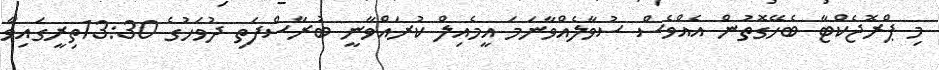
މި ޕްރޮޖެކްޓާ ބެހޭގޮތުން އެއްވެސް ސުވާލެއްވާނަމަ އީމެއިލް ކުރައްވާނީ ބުރާސްފަތި ދުވަހުގެ 13:30ތިރީގައިވާ